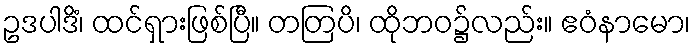
ဥဒပါဒိံ၊ ထင်ရှားဖြစ်ပြီ။ တတြပိ၊ ထိုဘဝ၌လည်း။ ဧဝံနာမော၊